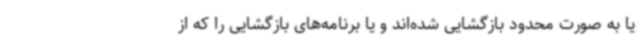
یا به صورت محدود بازگشایی شده‌اند و یا برنامه‌های بازگشایی را که از